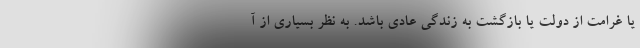
یا غرامت از دولت یا بازگشت به زندگی عادی باشد. به نظر بسیاری از آ